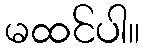
မထင်ပါ။